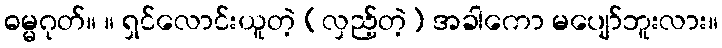
ဓမ္မဂုတ်။ ။ ရှင်လောင်းယူတဲ့ (လှည့်တဲ့) အခါကော မပျော်ဘူးလား။